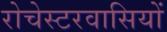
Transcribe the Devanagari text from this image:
रोचेस्टरवासियों